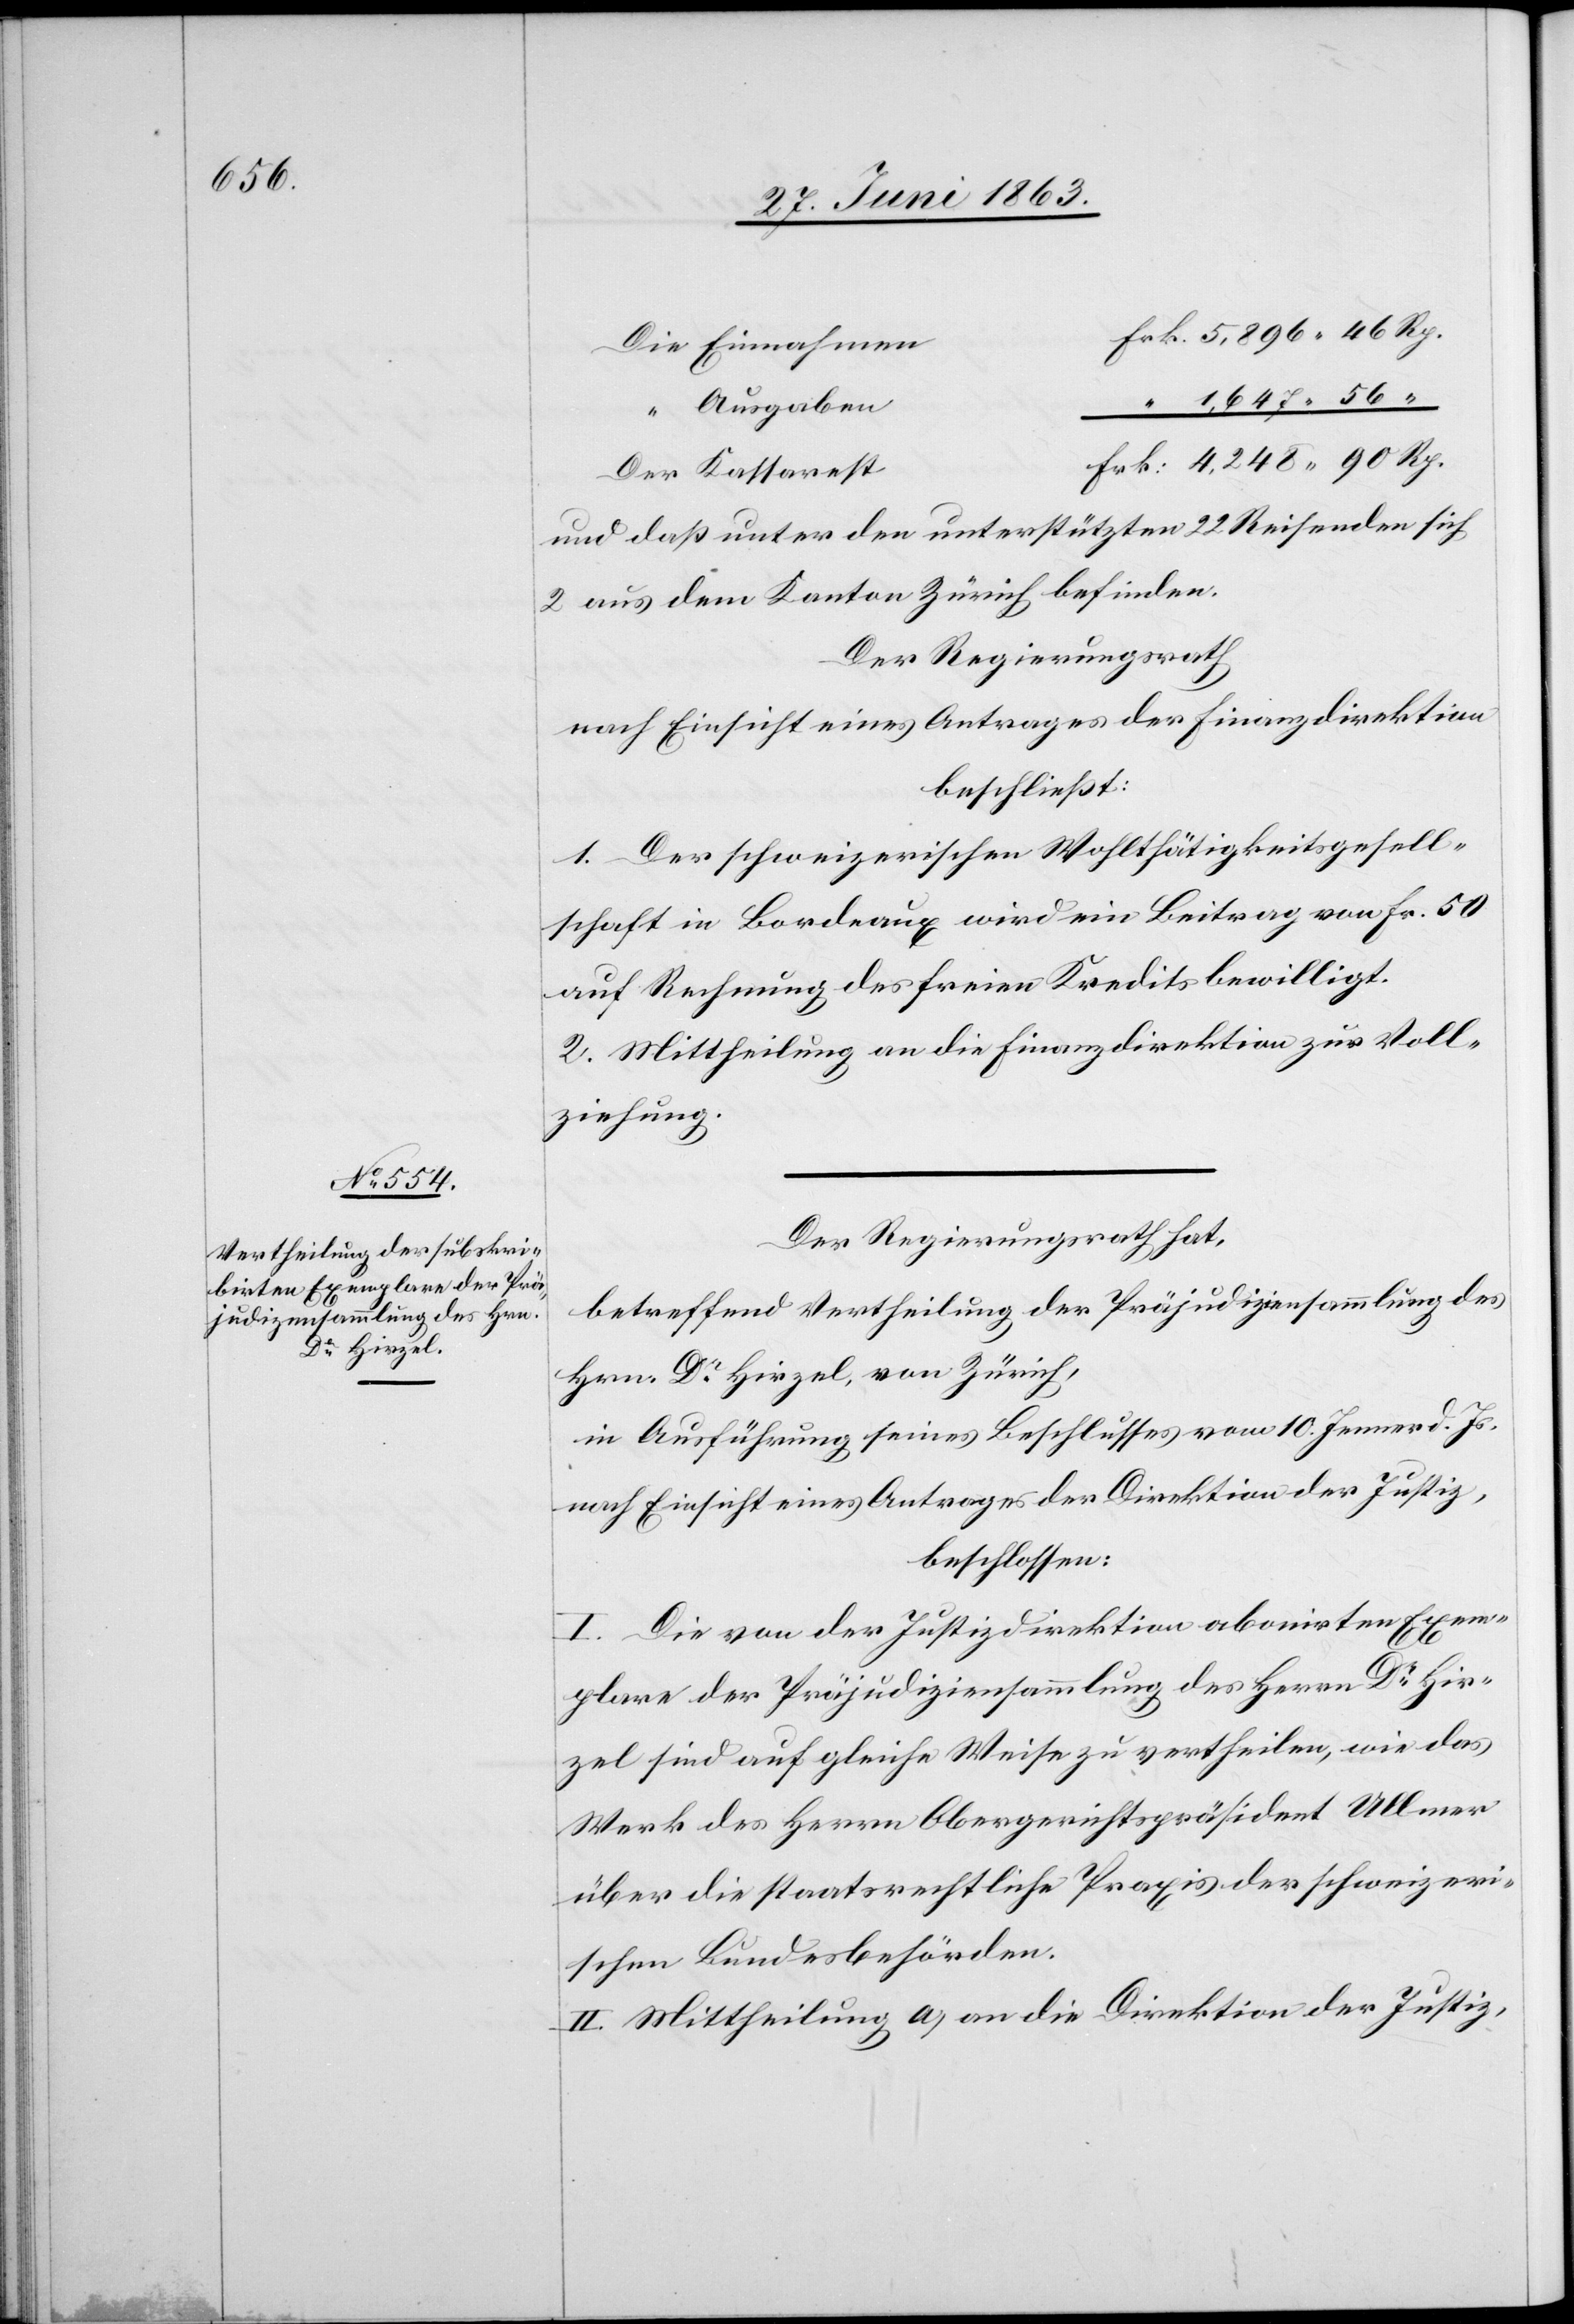
1,647. 56
Ausgaben
und daß unter den unterstützten 22 Reisenden sich
2 aus dem Kanton Zürich befinden.
Der Regierungsrath
nach Einsicht eines Antrages der Finanzdirektion
beschließt:
1. Der schweizerischen Wohlthätigkeitsgesell¬
schaft in Bordeaux wird ein Beitrag von Fr. 50
auf Rechnung des freien Kredits bewilligt.
2. Mittheilung an die Finanzdirektion zur Voll¬
ziehung.
Der Regierungsrath hat,
betreffend Vertheilung der Präjudiziensammlung des
Hrn. Dr Hirzel, von Zürich,
in Ausführung seines Beschlusses vom 10. Jenner d. Js.
nach Einsicht eines Antrages der Direktion der Justiz,
beschlossen:
I. Die von der Justizdirektion abonirten Exem¬
plare der Präjudiziensammlung des Herrn Dr Hir¬
zel sind auf gleiche Weise zu vertheilen, wie das
Werk des Herrn Obergerichtspräsident Ullmer
über die staatsrechtliche Praxis der schweizeri¬
schen Bundesbehörden.
II. Mittheilung a) an die Direktion der Justiz,